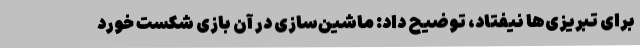
برای تبریزی‌ها نیفتاد، توضیح داد: ماشین‌سازی در آن بازی شکست خورد